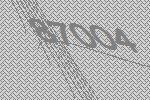
87004